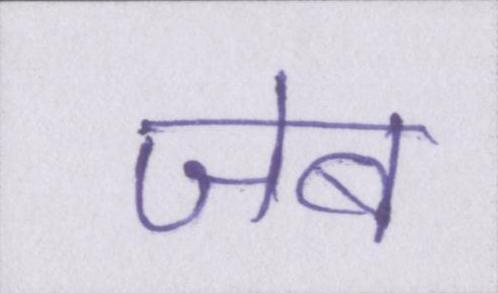
जेब